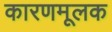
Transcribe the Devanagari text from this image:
कारणमूलक